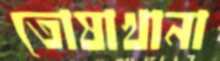
তোষাখানা